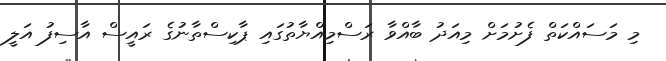
މި މަސައްކަތް ފެށުމަށް މިއަދު ބާއްވާ ރަސްމިއްޔާތުގައި ޕާކިސްތާނުގެ ރައީސް އާސިފު އަލީ